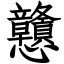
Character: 戇